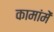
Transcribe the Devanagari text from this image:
कामांमें